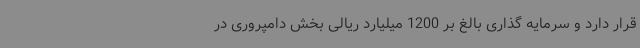
قرار دارد و سرمایه گذاری بالغ بر 1200 میلیارد ریالی بخش دامپروری در